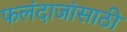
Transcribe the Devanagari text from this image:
फलंदाजांसाठी